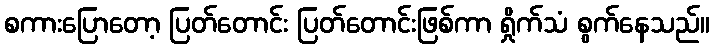
စကားပြောတော့ ပြတ်တောင်း ပြတ်တောင်းဖြစ်ကာ ရှိုက်သံ စွက်နေသည်။